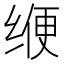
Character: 缏